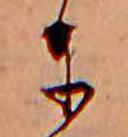
に